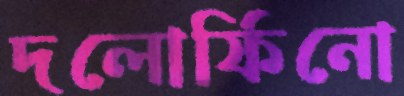
দলোর্ফিনো